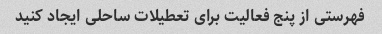
فهرستی از پنج فعالیت برای تعطیلات ساحلی ایجاد کنید